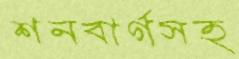
শনবার্গসহ